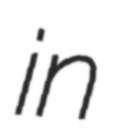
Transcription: in